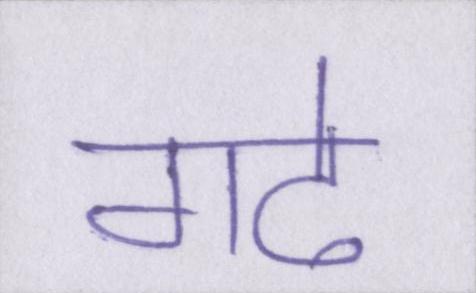
गढे